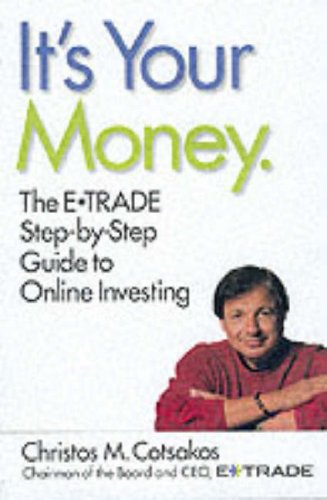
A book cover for It's Your Money: The E*TRADE Step-by-Step Guide to Online Investing; Christos M. Cotsakos; Business & Money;